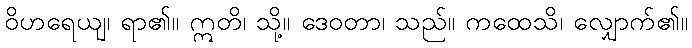
ဝိဟရေယျ၊ ရာ၏။ ဣတိ၊ သို့။ ဒေဝတာ၊ သည်။ ကထေသိ၊ လျှောက်၏။